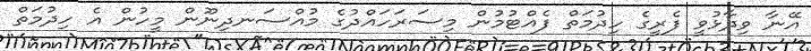
އޭނާ ވިދާޅުވީ ފެރީގެ ހިދުމަތް ފެއްޓުމުން މިސަރަހައްދުގެ މުއްސަނދިނޫން މީހުން އެ ހިދުމަތް